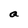
Character: a